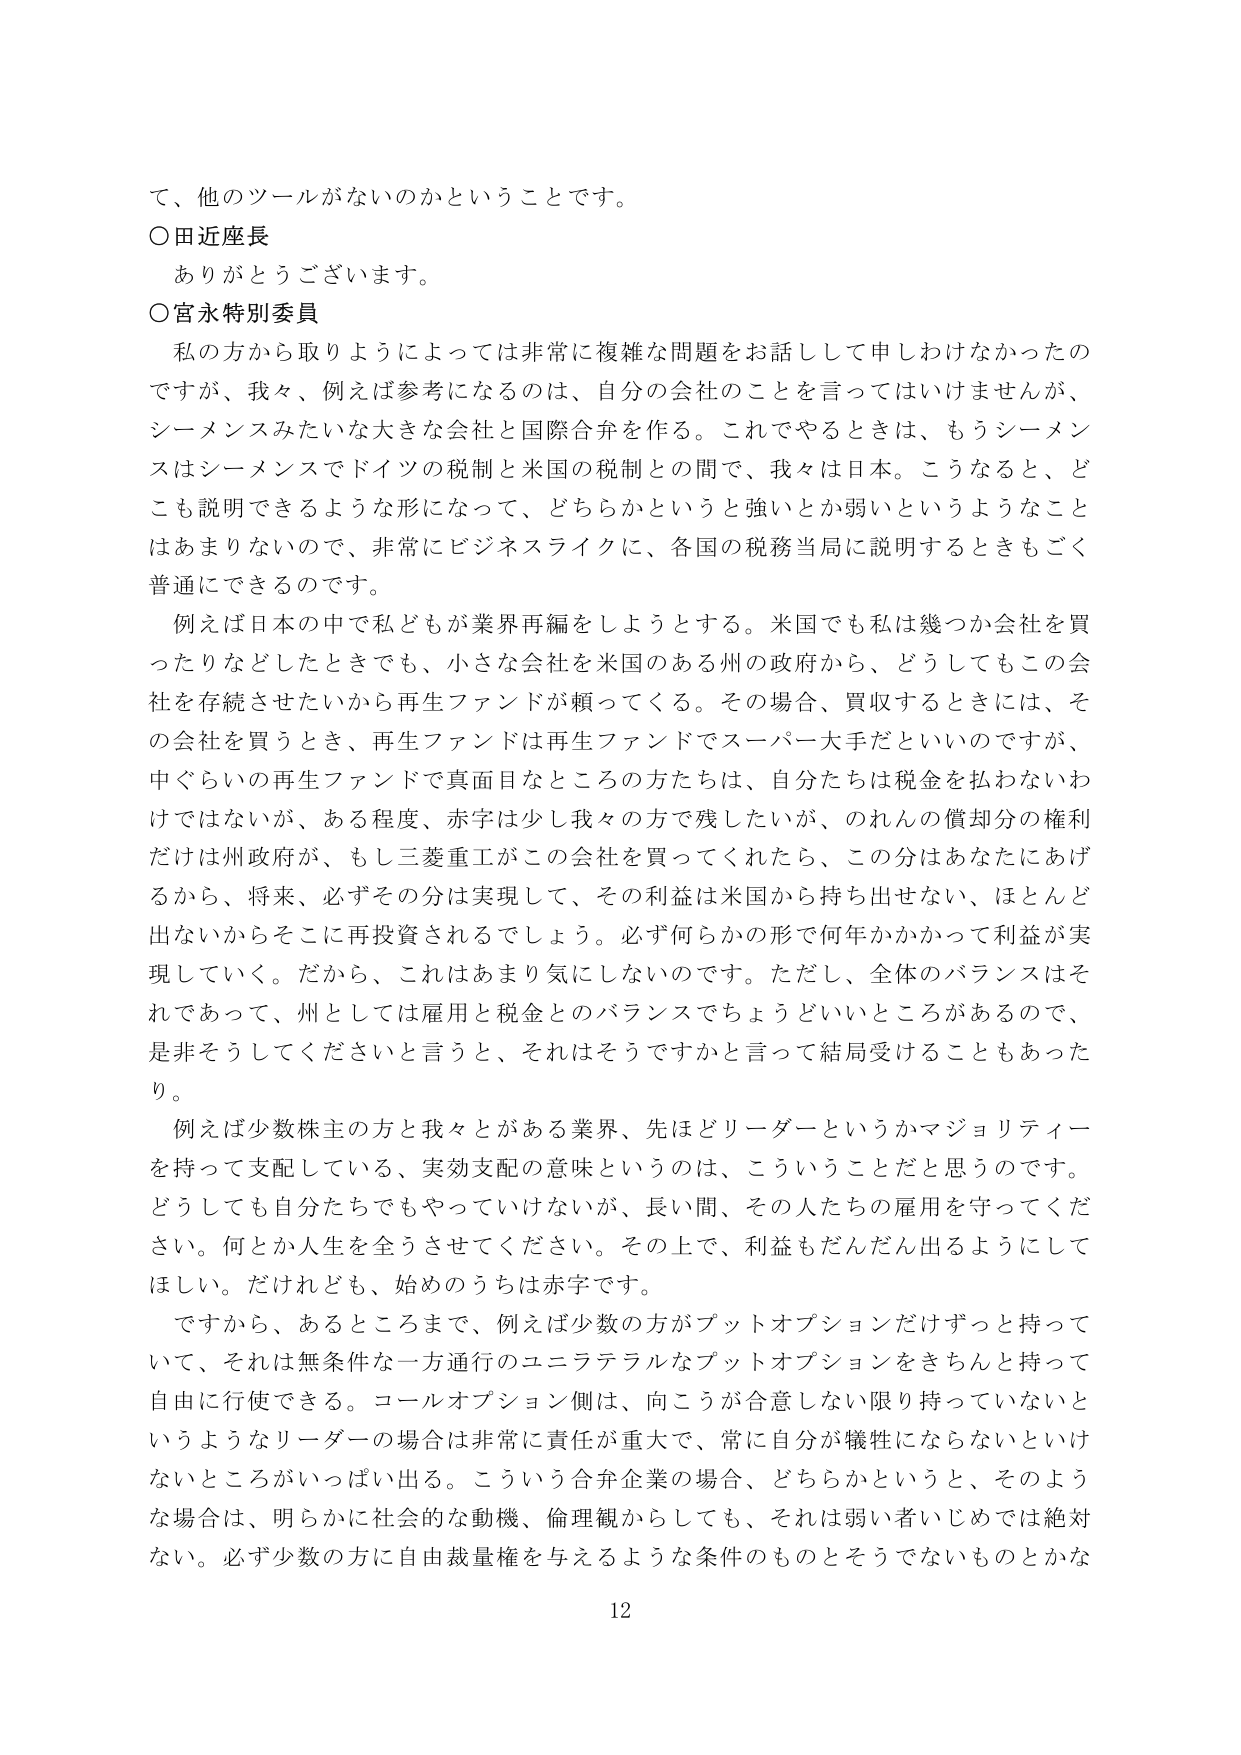
て、他のツールがないのかということです。

○田近座長
ありがとうございます。

○宮永特別委員
私の方から取りようによっては非常に複雑な問題をお話しして申しわけなかったのですが、我々、例えば参考になるのは、自分の会社のことを言ってはいけませんが、シーメンスみたいな大きな会社と国際合弁を作る。これでやるときは、もうシーメンスはシーメンスでドイツの税制と米国の税制との間で、我々は日本。こうなると、どこも説明できるような形になって、どちらかというと強いとか弱いというようなことはあまりないので、非常にビジネスライクに、各国の税務当局に説明するときもごく普通にできるのです。

例えば日本の中で私どもが業界再編をしようとする。米国でも私は幾つか会社を買ったりなどしたときでも、小さな会社を米国のある州の政府から、どうしてもこの会社を存続させたいから再生ファンドが頼ってくる。その場合、買収するときには、その会社を買うとき、再生ファンドは再生ファンドでスーパーダ手だといいのですが、中ぐらいの再生ファンドで真面目なところの方たちは、自分たちは税金を払わないわけではないが、ある程度、赤字は少し我々の方で残したいが、のれんの償却分の権利だけは州政府が、もし三菱重工がこの会社を買ってくれたら、この分はあなたにあげるから、将来、必ずその分は実現して、その利益は米国から持ち出せない、ほとんど出ないからそこに再投資されるでしょう。必ず何らかの形で何年かかかって利益が実現していく。だから、これはあまり気にしないのです。ただし、全体のバランスはそれであって、州としては雇用と税金とのバランスでちょうどいいところがあるので、是非そうしてくださいと言うと、それはそうですかと言って結局受けることもあったり。

例えば少数株主の方と我々とがある業界、先ほどリーダーというかマジョリティーを持って支配している、実効支配の意味というのは、こういうことだと思うのです。どうしても自分たちでもやっていけないが、長い間、その人たちの雇用を守ってください。何とか人生を全うさせてください。その上で、利益もだんだん出るようにしてほしい。だけれども、始めのうちは赤字です。

ですから、あるところまで、例えば少数の方がプットオプションだけずっと持っていって、それは無条件な一方通行のユニラテラルなプットオプションをきちんと持って自由に行使できる。コールオプション側は、向こうが合意しない限り持っていないというようなリーダーの場合は非常に責任が重大で、常に自分が犠牲にならないといけないところがいっぱい出る。こういう合弁企業の場合、どちらかというと、そのような場合は、明らかに社会的な動機、倫理観からしても、それは弱い者いじめでは絶対ない。必ず少数の方に自由裁量権を与えるような条件のものとそうでないものとかな

12